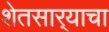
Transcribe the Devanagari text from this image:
शेतसार्‍याचा